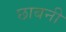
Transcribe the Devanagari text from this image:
छाबनी